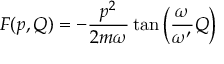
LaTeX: F ( p , Q ) = - \frac { p ^ { 2 } } { 2 m \omega } \tan \left( \frac { \omega } { \omega ^ { \prime } } Q \right)